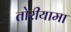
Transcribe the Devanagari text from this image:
तोरीयामा